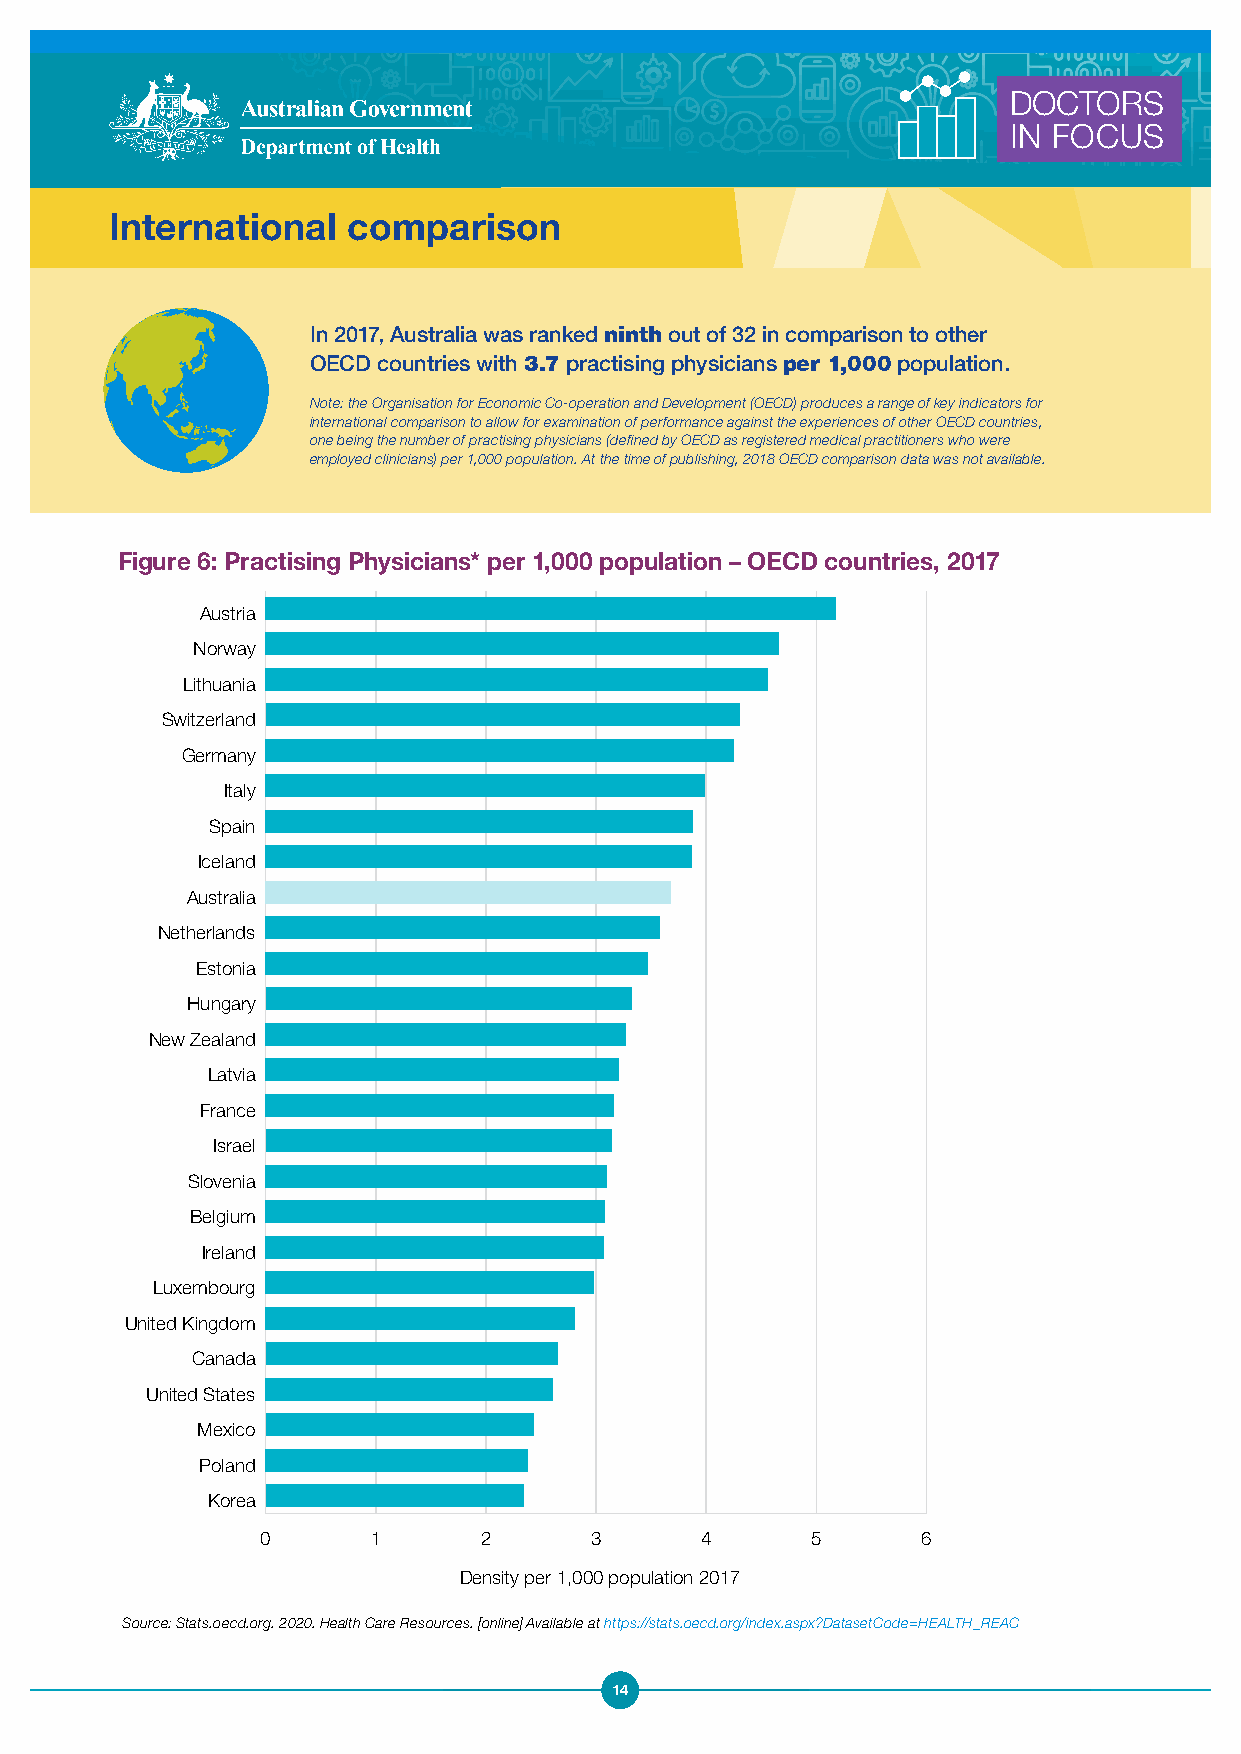
DOCTORS
 IN FOCUS
 International   comparison
 In 2017, Australia was ranked ninth out of 32 in comparison to other
 OECD countries with 3.7 practising physicians per 1,000 population.
 Note: the Organisation for Economic Co-operation and Development (OECD) produces a range of key indicators for
 international comparison to allow for examination of performance against the experiences of other OECD countries,
 one being the number of practising physicians (defined by OECD as registered medical practitioners who were
 employed clinicians) per 1,000 population. At the time of publishing, 2018 OECD comparison data was not available.
 Figure 6: Practising Physicians* per 1,000 population – OECD countries, 2017
 Austria
 Norway
 Lithuania
 Switzerland
 Germany
 Italy
 Spain
 Iceland
 Australia
 Netherlands
 Estonia
 Hungary
 New Zealand
 Latvia
 France
 Israel
 Slovenia
 Belgium
 Ireland
 Luxembourg
 United Kingdom
 Canada
 United States
 Mexico
 Poland
 Korea
 0       1      2      3      4       5      6
 Density per 1,000 population 2017
 Source: Stats.oecd.org. 2020. Health Care Resources. [online] Available at https://stats.oecd.org/index.aspx?DatasetCode=HEALTH_REAC
 14